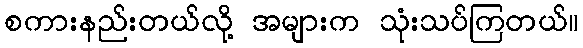
စကားနည်းတယ်လို့ အများက သုံးသပ်ကြတယ်။